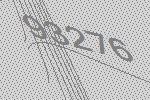
93276